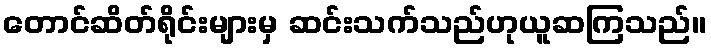
တောင်ဆိတ်ရိုင်းများမှ ဆင်းသက်သည်ဟုယူဆကြသည်။